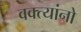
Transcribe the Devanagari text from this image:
वक्त्यांनो